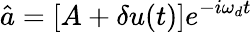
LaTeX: \hat{a}=[A+\delta u(t)]e^{-i\omega_{d}t}